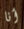
أنا